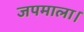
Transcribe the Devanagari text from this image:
जपमाला।